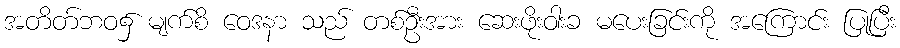
အတိတ်ဘဝ၌ မျက်စိ ဝေဒနာ သည် တစ်ဦးအား ဆေးဖိုးဝါးခ မပေးခြင်းကို အကြောင်း ပြုပြီး